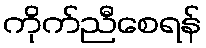
ကိုက်ညီစေရန်